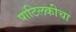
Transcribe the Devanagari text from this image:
पाटिलकीचा